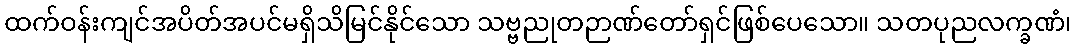
ထက်ဝန်းကျင်အပိတ်အပင်မရှိသိမြင်နိုင်သော သဗ္ဗညုတဉာဏ်တော်ရှင်ဖြစ်ပေသော။ သတပုညလက္ခဏံ၊